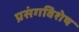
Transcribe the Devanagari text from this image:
प्रसंगविशेष